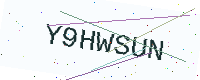
Text: Y9HWSUN